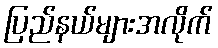
ပြည်နယ်များအလိုက်